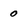
Character: 0